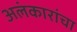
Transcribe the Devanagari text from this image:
अलंकारांचा